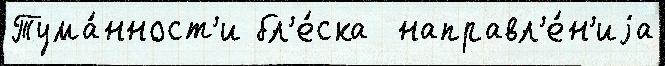
Тума́нност'и бл'е́ска  направл'е́н'иjа